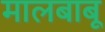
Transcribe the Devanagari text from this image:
मालबाबू